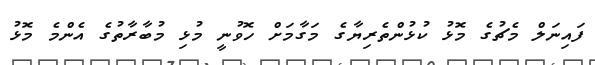
ފައިނަލް މެޗުގެ މޮޅު ކުޅުންތެރިޔާގެ މަގާމަށް ހޮވުނީ މުޅި މުބާރާތުގެ އެންމެ މޮޅު